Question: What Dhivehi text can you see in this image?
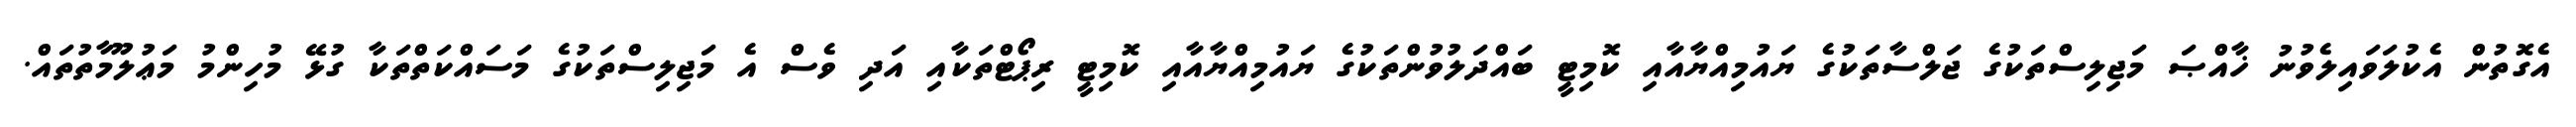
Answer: އެގޮތުން އެކުލަވައިލެވުނު ޚާއްޞަ މަޖިލިސްތަކުގެ ޖަލްސާތަކުގެ ޔައުމިއްޔާއާއި ކޮމިޓީ ބައްދަލުވުންތަކުގެ ޔައުމިއްޔާއާއި ކޮމިޓީ ރިޕޯޓްތަކާއި އަދި ވެސް އެ މަޖިލިސްތަކުގެ މަސައްކަތްތަކާ ގުޅޭ މުހިންމު މަޢުލޫމާތުތައް.